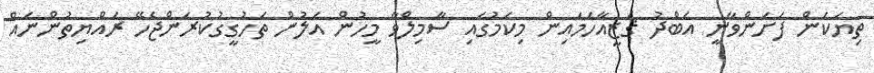
ތިޔަކަން ފަށަންވާނީ އަބްދު ޤަޒީއާހަމައިން މިކަމުގައި ސާމިލްވާ މީހުން އަލުން ތަހުގީގުކުރަންޖެހޭ ރައްޔިތުންނައް